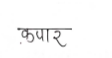
मजकूर: कपार